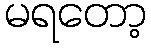
မရတော့